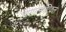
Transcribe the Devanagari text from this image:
डायालेक्टिकल